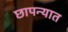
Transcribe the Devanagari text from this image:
छापन्यात